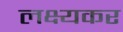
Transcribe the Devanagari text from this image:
लक्ष्यकर